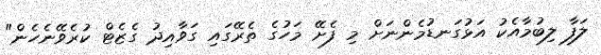
ލަފާ ލިބުމާއެކު އަޅުގަނޑުމެންނަށް މި ފެށޭ މަހުގެ ތެރޭގައި ގަވާއިދު ގެޒެޓް ކުރެވޭނެހެން"